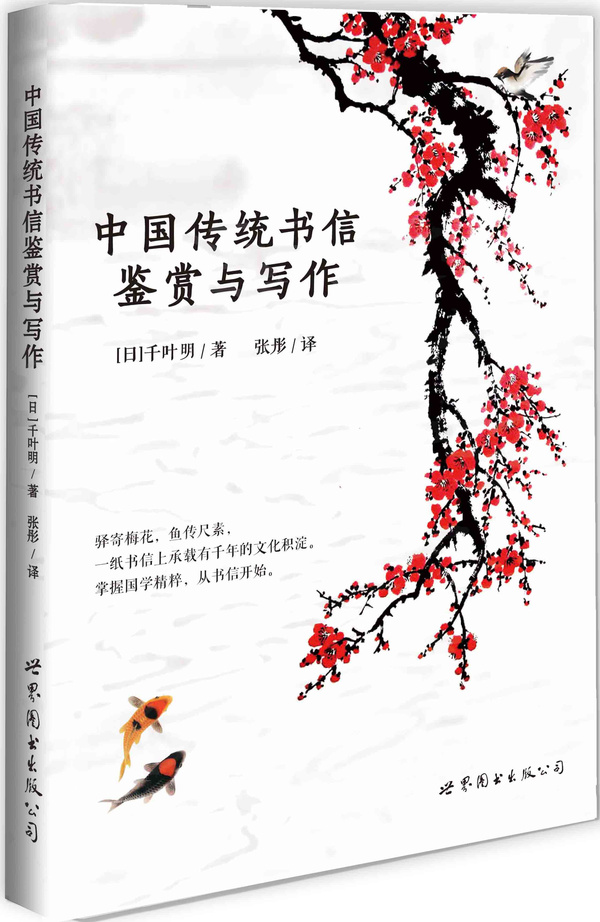
驿寄梅花，鱼传尺素。